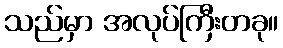
သည်မှာ အလုပ်ကြီးတခု။